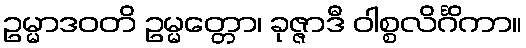
ဥမ္မာဒဝတိ ဥမ္မတ္တော၊ ခုဇ္ဇာဒီ ဝါစ္စလိင်္ဂိကာ။